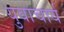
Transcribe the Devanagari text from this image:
युवाचार्य